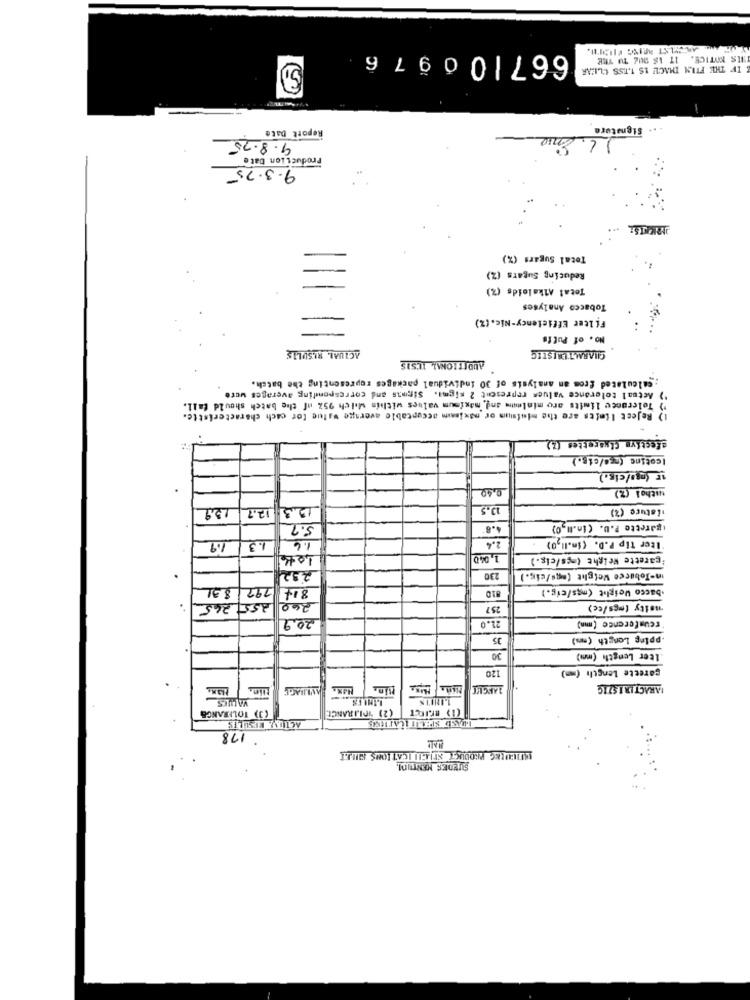
667100976
NILS KOTICE. IT IS DUE TU TEE
IF THE FTEN THACH IS T.T.SS CLEAR
Report Date
Signature
9.8.25
Production bate
9.3.75
Total Sugars (%)
Reducing Sugars (%)
Tetal Alkaloids (%)
Tobacco Analyses
Filter Efficiency-Nic.(%)
No. of Puffs
ACTUAL RESULTS
CHARACTERISTIC
ADDITIONAL, ICSIS
: calculated from an analysis of 30 individual packages representing the batch.
") Actual tolerance values represent 2 sigma. Sirons and corresponding averages were
Tolerance limits aro minlein and, maximum values within which 95% of the batch should fall.
1) Reject Iteits are the minimum or nixisim acceptable average value for cach characteristic.
efectiva Cigarettes (2)
Icotinc (mca/cis.)
IF (mg/cis.)
.
watha] (2)
159
123 177
13.5
.Lature (2)
5.2
4.8
(garette P.U. (In.11,0)
1.6
Iter tip P.D. (in.Il,0)
1.9
1.3
2.4
1,040
:garette Weight (mes/cis.)
232
230
in-Tobacce Weight (ogs/cic.)
793 831
844
bacco Weight (mgs/cig.)
260 255 265
257
moity (mgs/cc)
20.9
21.0
reusference (mn)
35
.pping Length (ms)
30
Iter Length (mm)
120
carette Length (mm)
FANGET MatLa Musa
PARACT IR 1 571G
LIMI ES
VALUES
(2) TLJRANCE
(3) TOLERANGS
ACTUAL RESULTS
ELSE
178
SVEDES MENTUMI.